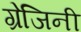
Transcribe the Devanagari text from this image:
ग्रेजिनी